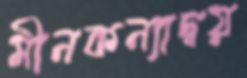
মীনকন্যাদ্বয়